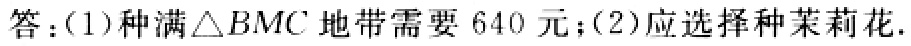
答：(1)种满$\triangle BMC$地带需要$640$元；(2)应选择种茉莉花.